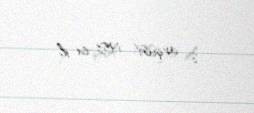
8 avqust 1953-ci il